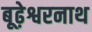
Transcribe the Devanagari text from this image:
बूढ़ेश्वरनाथ